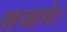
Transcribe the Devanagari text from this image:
सजाये।